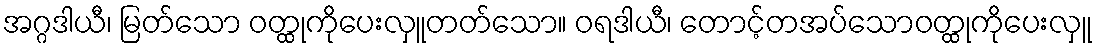
အဂ္ဂဒါယီ၊ မြတ်သော ဝတ္ထုကိုပေးလှူတတ်သော။ ဝရဒါယီ၊ တောင့်တအပ်သောဝတ္ထုကိုပေးလှူ